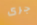
جرى